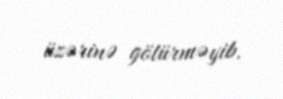
üzərinə götürməyib.